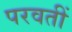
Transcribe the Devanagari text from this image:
परवतीं